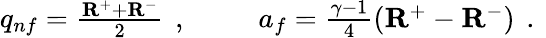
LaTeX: \begin{array}{rlr}{{q_{nf}=\frac{\mathbf{R}^{+}+\mathbf{R}^{-}}{2}\, \mathrm{~,~}}}&{{}\ }&{{a_{f}=\frac{\gamma-1}{4}(\mathbf{R}^{+}-\mathbf{R}^{-})\, \mathrm{~.~}}}\end{array}